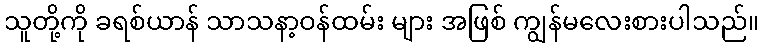
သူတို့ကို ခရစ်ယာန် သာသနာ့ဝန်ထမ်း များ အဖြစ် ကျွန်မလေးစားပါသည်။